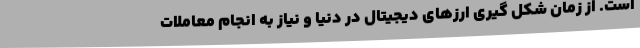
است. از زمان شکل گیری ارزهای دیجیتال در دنیا و نیاز به انجام معاملات